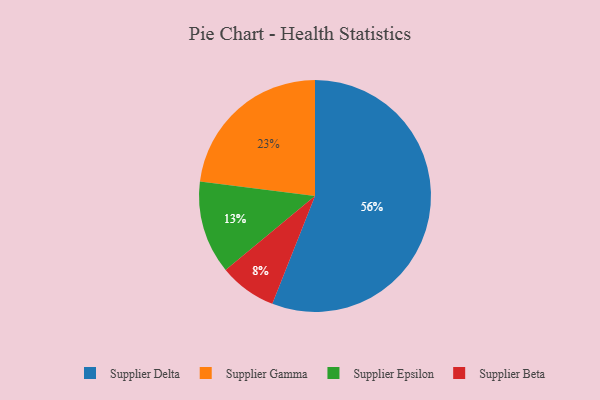
{"axis": {"x": "Category", "y": "Percentage"}, "legend": ["Supplier Beta", "Supplier Delta", "Supplier Epsilon", "Supplier Gamma"], "data": [{"x": "Supplier Delta", "y": 56, "type": "Supplier Delta"}, {"x": "Supplier Gamma", "y": 23, "type": "Supplier Gamma"}, {"x": "Supplier Epsilon", "y": 13, "type": "Supplier Epsilon"}, {"x": "Supplier Beta", "y": 8, "type": "Supplier Beta"}]}